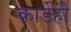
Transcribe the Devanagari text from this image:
कार्डेही